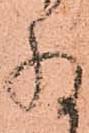
存